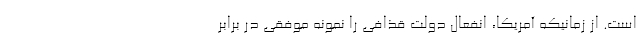
است. از زمانیکه آمریکا، انفعالِ دولت قذافی را نمونه موفقی در برابر